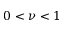
0 < \nu < 1